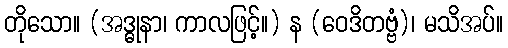
တိုသော။ (အဒ္ဓုနာ၊ ကာလဖြင့်။) န (ဝေဒိတဗ္ဗံ)၊ မသိအပ်။